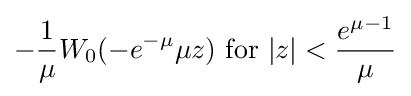
-{\frac {1}{\mu }}W_{0}(-e^{-\mu }\mu z)\,\,{\text{for}}\,\,|z|<{\frac {e^{\mu -1}}{\mu }}